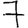
Digit: 7